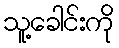
သူ့ခေါင်းကို